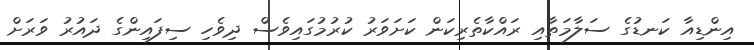
އިންޑިއާ ކަނޑުގެ ސަލާމަތާއި ރައްކާތެރިކަން ކަށަވަރު ކުރުމުގައިވެސް ދިވެހި ސިފައިންގެ ދައުރު ވަރަށް